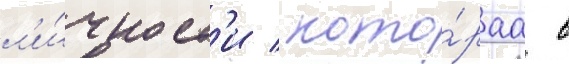
л'и́чност'и / кото́раа в